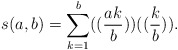
\begin{align*}s(a,b)=\sum_{k=1}^b ((\frac{ak}{b}))((\frac{k}{b})).\end{align*}